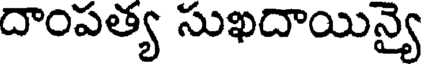
దాంపత్య సుఖదాయిన్యై